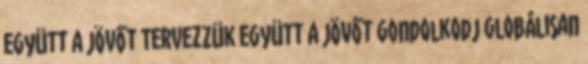
együtt a jövőt Tervezzük együtt a jövőt gondolkodj globálisan